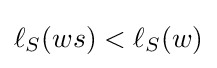
\ell _{S}(ws)<\ell _{S}(w)